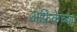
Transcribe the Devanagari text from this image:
अफ्रिकेच्या